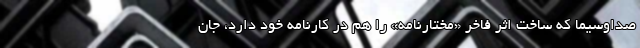
صداوسیما که ساخت اثر فاخر «مختارنامه» را هم در کارنامه خود دارد، جان